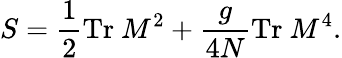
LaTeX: S=\frac{1}{2}\mathrm{Tr~}M^{2}+\frac{g}{4N}\mathrm{Tr~}M^{4}.